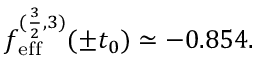
f _ { \mathrm { e f f } } ^ { ( \frac { 3 } { 2 } , 3 ) } ( \pm t _ { 0 } ) \simeq - 0 . 8 5 4 .